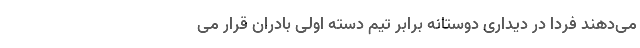
می‌دهند فردا در دیداری دوستانه برابر تیم دسته اولی بادران قرار می